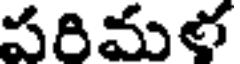
పరిమళ